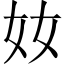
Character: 奻